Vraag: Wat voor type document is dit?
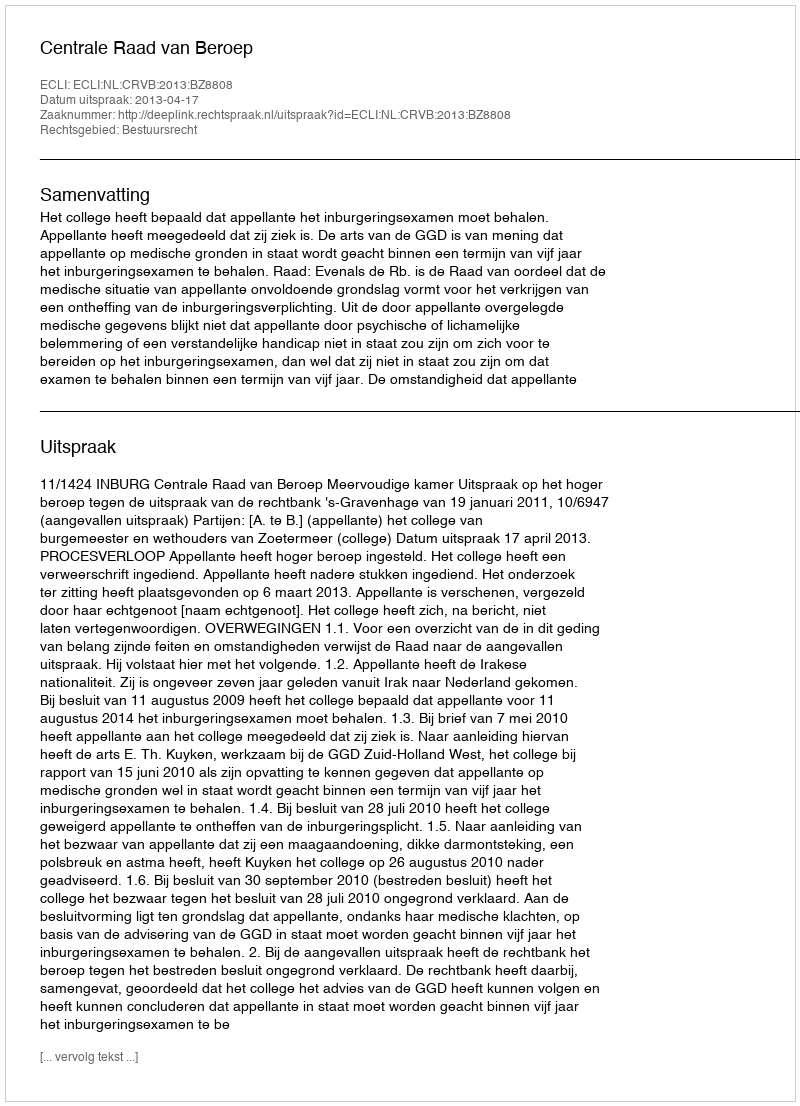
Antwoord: Uitspraak